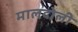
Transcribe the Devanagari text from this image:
मालदोली